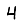
Digit: 4